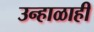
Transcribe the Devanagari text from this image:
उन्हाळाही